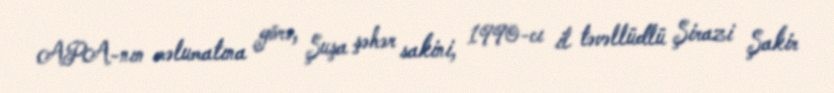
APA-nın məlumatına görə, Şuşa şəhər sakini, 1990-cı il təvəllüdlü Şirazi Şakir